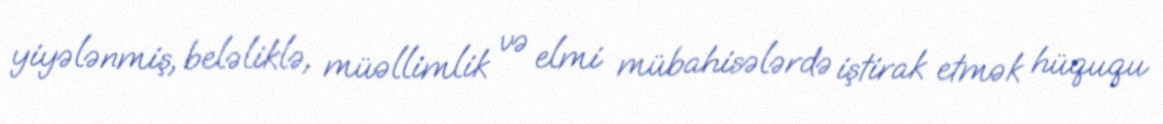
yiyələnmiş, beləliklə, müəllimlik və elmi mübahisələrdə iştirak etmək hüququ